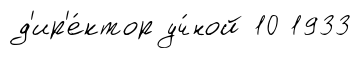
д'ир'е́ктор уч́ной 10 1933